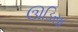
ઊડિસા